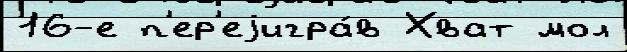
16-е п'ер'еjигра́в Хват мол